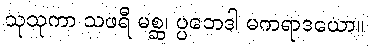
သုသုကာ သဖရီ မစ္ဆ၊ ပ္ပဘေဒါ မကရာဒယော။